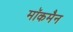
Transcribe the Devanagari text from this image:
मॉकमैन